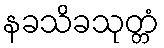
နခသိခသုတ္တံ